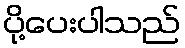
ပို့ပေးပါသည်